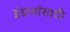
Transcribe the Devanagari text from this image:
इंग्रजांसाठी